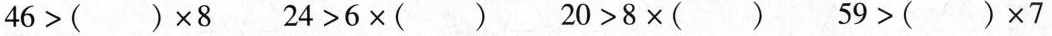
$$46>( )\times8$$ $$24>6\times( )$$ $$20>8\times( )$$ $$59>( )\times7$$